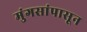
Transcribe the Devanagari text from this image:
मुंगसांपासून